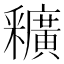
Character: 𨤡